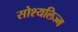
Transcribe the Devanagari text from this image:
सोश्यलिज्म